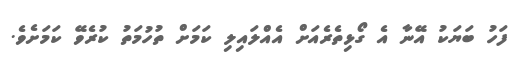
ފަހު ބަޔަކު އޭނާ އެ ގޯޅިތެރެއަށް އެއްލައިލި ކަމަށް ތުހުމަތު ކުރެވޭ ކަމަށެވެ.